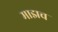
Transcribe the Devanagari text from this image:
माझच